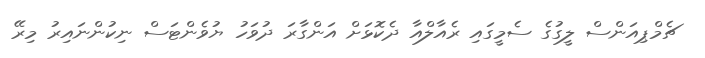
ޗެމްޕިއަންސް ލީގުގެ ސެމީގައި ރެއާލްއާ ދެކޮޅަށް އަންގާރަ ދުވަހު ޔުވެންޓަސް ނިކުންނައިރު މިރޭ